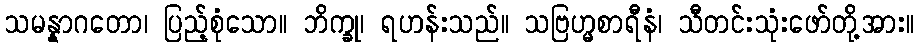
သမန္နာဂတော၊ ပြည့်စုံသော။ ဘိက္ခု၊ ရဟန်းသည်။ သဗြဟ္မစာရီနံ၊ သီတင်းသုံးဖော်တို့အား။